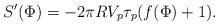
LaTeX: \begin{align*}S^{\prime}(\Phi)=-2\pi RV_p\tau_p(f(\Phi)+1). \end{align*}